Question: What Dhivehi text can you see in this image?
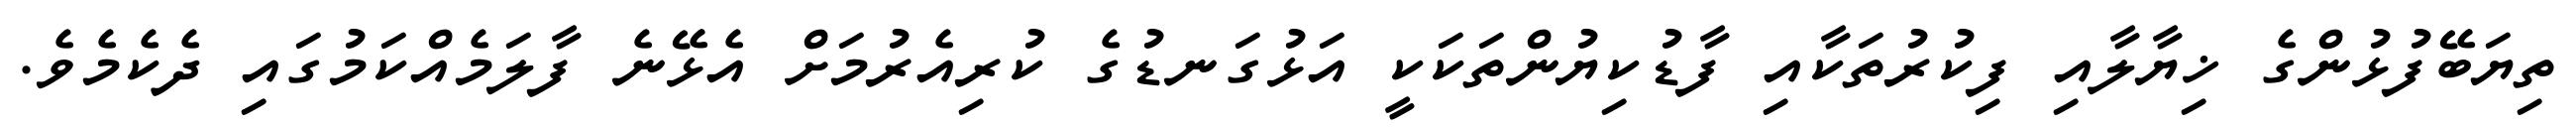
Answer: ތިޔަބޭފުޅުންގެ ޚިޔާލާއި ފިކުރުތަކާއި ފާޑުކިޔުންތަކަކީ އަޅުގަނޑުގެ ކުރިއެރުމަށް އެޅޭނެ ފާލަމެއްކަމުގައި ދެކެމެވެ.